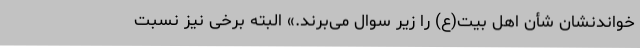
خواندنشان شأن اهل بیت(ع) را زیر سوال می‌برند.» البته برخی نیز نسبت